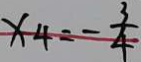
x _ { 4 } = - \frac { 3 } { 4 }